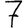
Digit: 7